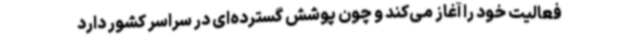
فعالیت خود را آغاز می‌کند و چون پوشش گسترده‌ای در سراسر کشور دارد